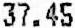
37.45